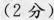
(2分)